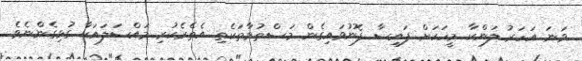
ވަނަ އަހަރު ލަންކާ މީހަކަށް ފައިސާ ފޮނުވައިގެން މަސްތުވާތަކެތި އެތެރެކުރި މައްސަލައަކާ ގުޅިގެންނެވެ.